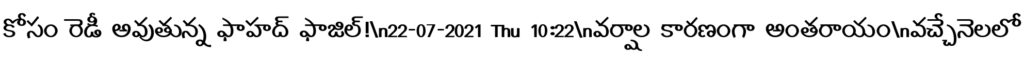
కోసం రెడీ అవుతున్న ఫాహద్ ఫాజిల్!\n22-07-2021 Thu 10:22\nవర్షాల కారణంగా అంతరాయం\nవచ్చేనెలలో